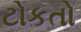
ટોકતો